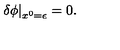
\left. \delta \phi \right| _ { x ^ { 0 } = \epsilon } = 0 .